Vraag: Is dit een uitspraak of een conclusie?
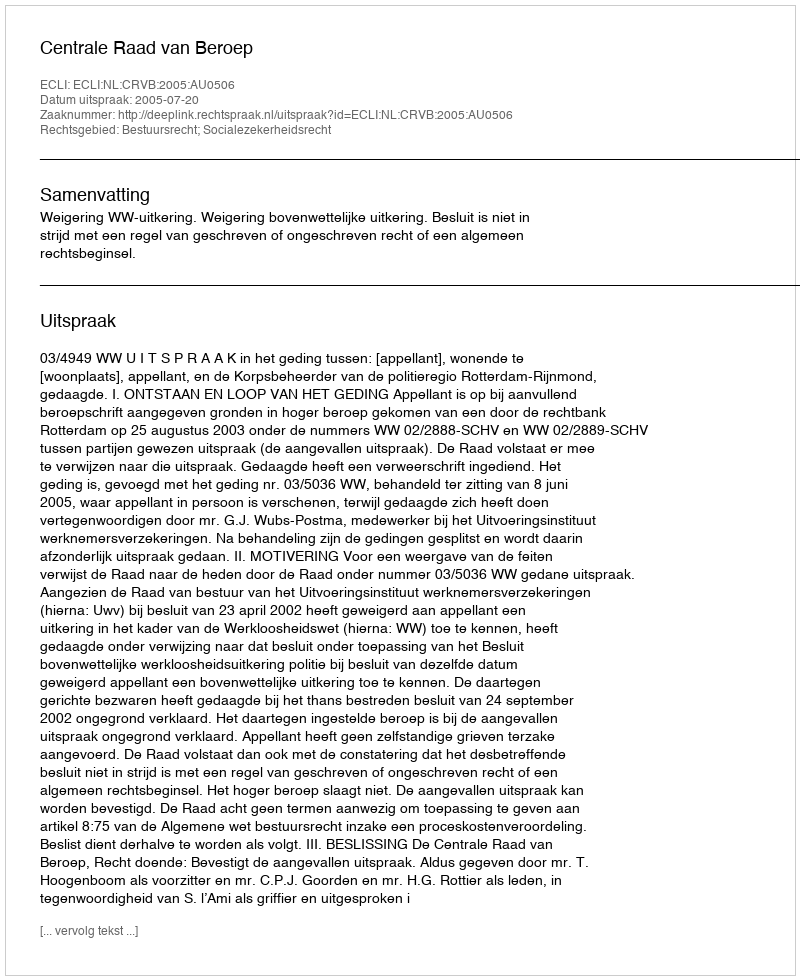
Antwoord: Uitspraak